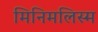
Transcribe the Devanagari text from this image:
मिनिमलिस्म